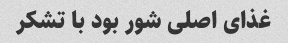
غذای اصلی شور بود با تشکر